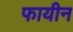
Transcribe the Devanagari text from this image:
फायीन